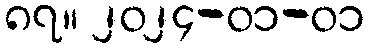
၈၇။ ၂၀၂၄-၀၁-၀၁